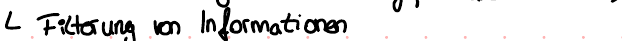
Filterung von Informationen